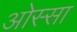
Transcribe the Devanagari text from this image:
ओस्सा